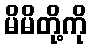
မိမိတို့ကို